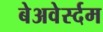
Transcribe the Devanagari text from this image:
बेअवेर्स्दम